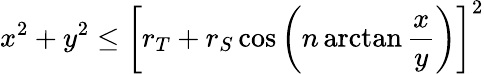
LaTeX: x^{2}+y^{2}\leq\left[r_{T}+r_{S}\cos\left(n\arctan{\frac{x}{y}}\right)\right]^{2}